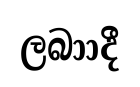
ලබාාදී